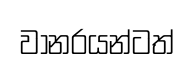
වානරයන්ටත්